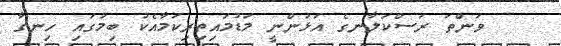
ވަންތަ ރަސްކަލާނގެ އަޅުންނީ މަޑުމައިތިރިކަމާއެކު ބިމުގައި ހިނގާ